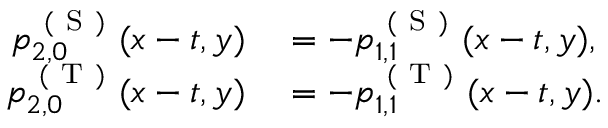
\begin{array} { r l } { p _ { 2 , 0 } ^ { \mathrm { ~ ( ~ S ~ ) ~ } } ( x - t , y ) } & { { } = - p _ { 1 , 1 } ^ { \mathrm { ~ ( ~ S ~ ) ~ } } ( x - t , y ) , } \\ { p _ { 2 , 0 } ^ { \mathrm { ~ ( ~ T ~ ) ~ } } ( x - t , y ) } & { { } = - p _ { 1 , 1 } ^ { \mathrm { ~ ( ~ T ~ ) ~ } } ( x - t , y ) . } \end{array}